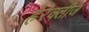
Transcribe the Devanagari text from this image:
हेरेक्लीज